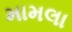
મામલા